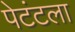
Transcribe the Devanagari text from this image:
पेटंटला